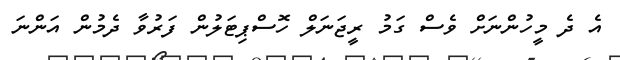
އެ ދެ މީހުންނަށް ވެސް ގަމު ރީޖަނަލް ހޮސްޕިޓަލުން ފަރުވާ ދެމުން އަންނަ